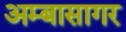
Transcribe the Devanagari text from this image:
अम्बासागर